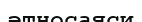
әтносаяси